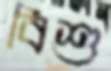
বিশু